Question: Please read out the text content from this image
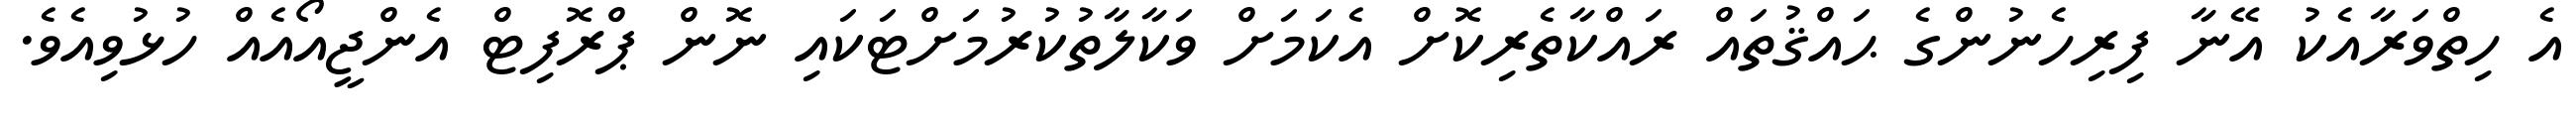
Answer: އެ ހިތްވަރާއެކު އޭނާ ފިރިހެނުންގެ ޙައްޤުތައް ރައްކާތެރިކޮށް އެކަމަށް ވަކާލާތުކުރުމަށްޓަކައި ނޮން ޕްރޮފިޓް އެންޖީއޯއެއް ހުޅުވިއެވެ.